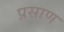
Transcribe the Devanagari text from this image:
प्रसाण